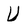
Character: U